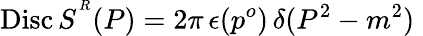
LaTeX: \mathrm{Disc}\, S^{^{R}}(P)=2\pi\, \epsilon(p^{o})\, \delta(P^{2}-m^{2})\;